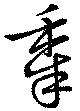
年